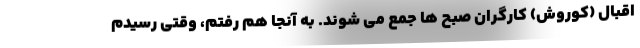
اقبال (کوروش) کارگران صبح ها جمع می شوند. به آنجا هم رفتم، وقتی رسیدم